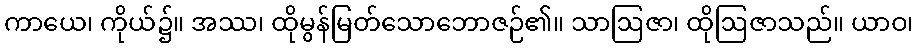
ကာယေ၊ ကိုယ်၌။ အဿ၊ ထိုမွန်မြတ်သောဘောဇဉ်၏။ သာဩဇာ၊ ထိုဩဇာသည်။ ယာဝ၊